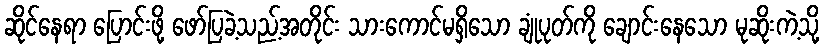
ဆိုင်နေရာ ပြောင်းဖို့ ဖော်ပြခဲ့သည့်အတိုင်း သားကောင်မရှိသော ချုံပုတ်ကို ချောင်းနေသော မုဆိုးကဲ့သို့